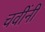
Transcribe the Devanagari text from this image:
चवींनी